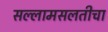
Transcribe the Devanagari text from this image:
सल्लामसलतीचा